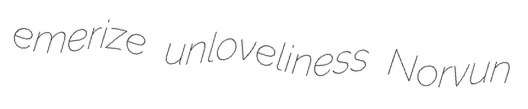
emerize unloveliness Norvun